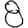
Digit: 8